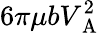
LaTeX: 6\pi\mu bV_{\mathrm{~A~}}^{2}